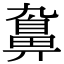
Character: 𪖒